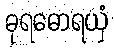
ဓုရဓောရယှံ